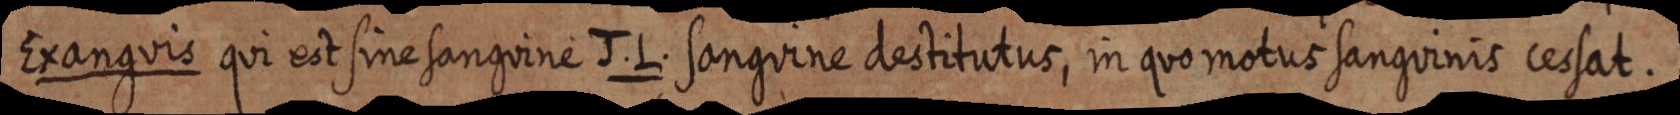
Exanguis qui est sine sanguine J. L. sanguine destitutus, in quo motus sanguinis cessat.